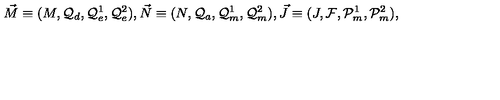
\vec { M } \equiv ( M , { \cal Q } _ { d } , { \cal Q } _ { e } ^ { 1 } , { \cal Q } _ { e } ^ { 2 } ) , \vec { N } \equiv ( N , { \cal Q } _ { a } , { \cal Q } _ { m } ^ { 1 } , { \cal Q } _ { m } ^ { 2 } ) , \vec { J } \equiv ( J , { \cal F } , { \cal P } _ { m } ^ { 1 } , { \cal P } _ { m } ^ { 2 } ) ,